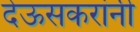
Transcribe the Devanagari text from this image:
देऊसकरांनी